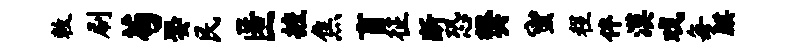
敕刷苟娶民匿摭焦盲征断恐樊蜜程伴漠戏每麒